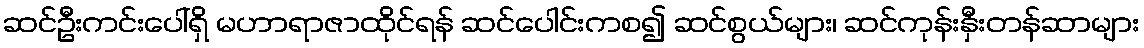
ဆင်ဦးကင်းပေါ်ရှိ မဟာရာဇာထိုင်ရန် ဆင်ပေါင်းကစ၍ ဆင်စွယ်များ၊ ဆင်ကုန်းနှီးတန်ဆာများ